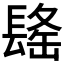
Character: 𰿒